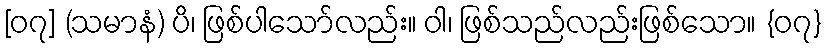
[၀၇] (သမာနံ) ပိ၊ ဖြစ်ပါသော်လည်း။ ဝါ၊ ဖြစ်သည်လည်းဖြစ်သော။ {၀၇}